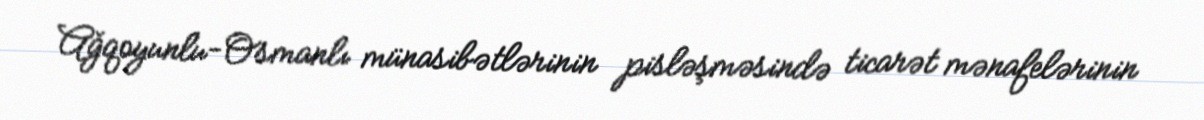
Ağqoyunlu-Osmanlı münasibətlərinin pisləşməsində ticarət mənafelərinin